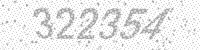
Solution: 322354